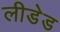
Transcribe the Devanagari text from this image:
लीडेड